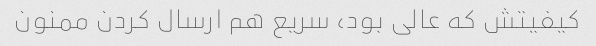
کیفیتش که عالی بود، سریع هم ارسال کردن ممنون